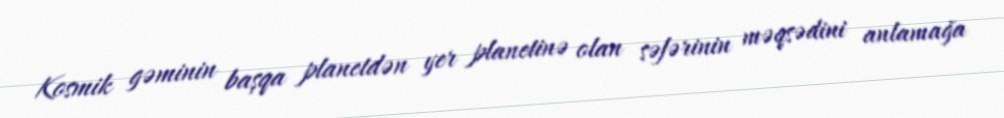
Kosmik gəminin başqa planetdən yer planetinə olan səfərinin məqsədini anlamağa